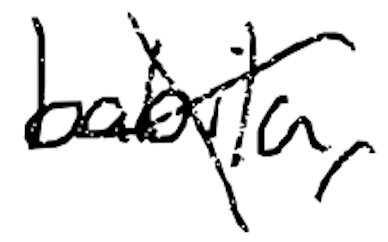
Text: Babila,
Cross-out: cross
Writing tool: digital_black